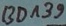
Text: BD139